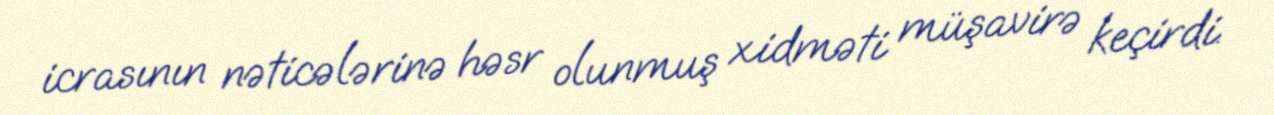
icrasının nəticələrinə həsr olunmuş xidməti müşavirə keçirdi.